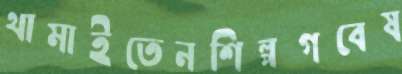
থামাইতেনশিল্পগবেষ